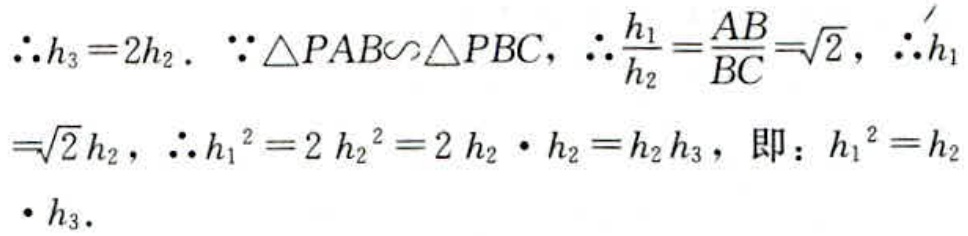
\(\therefore h_{3}=2h_{2}.\ \because \triangle PAB\backsim\triangle PBC,\ \therefore \frac{h_{1}}{h_{2}}=\frac{AB}{BC}=\sqrt{2},\ \therefore h_{1}=\sqrt{2}h_{2},\ \therefore h_{1}^{2}=2h_{2}^{2}=2h_{2}\cdot h_{2}=h_{2}h_{3},\ 即：h_{1}^{2}=h_{2}\cdot h_{3}.\)